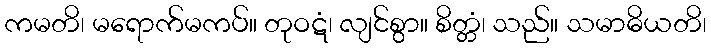
ကမတိ၊ မရောက်မကပ်။ တုဝဋံ၊ လျင်စွာ။ စိတ္တံ၊ သည်။ သမာဓိယတိ၊